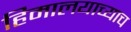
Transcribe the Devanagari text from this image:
हिमालयाच्याच